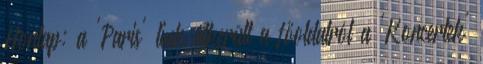
Honlap: a 'Paris' link átkerült a főoldalról a 'Koncertek'